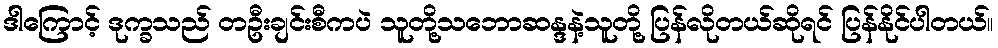
ဒါကြောင့် ဒုက္ခသည် တဦးချင်းစီကပဲ သူတို့သဘောဆန္ဒနဲ့သူတို့ ပြန်လိုတယ်ဆိုရင် ပြန်နိုင်ပါတယ်။